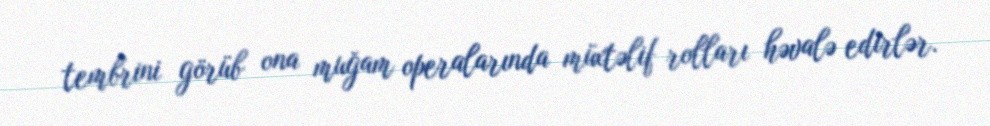
tembrini görüb ona muğam operalarında müxtəlif rolları həvalə edirlər.